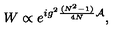
W \propto e ^ { i g ^ { 2 } { \frac { ( N ^ { 2 } - 1 ) } { 4 N } } { \cal A } } ,